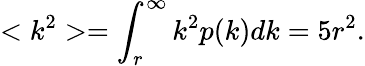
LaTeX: <k^{2}>=\int_{r}^{\infty}k^{2}p(k)dk=5r^{2}.